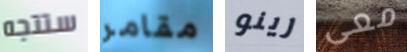
ستتجه مقامر رينو معى